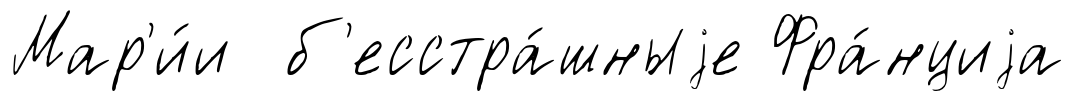
Мар'и́и б'есстра́шныjе Фра́нциjа